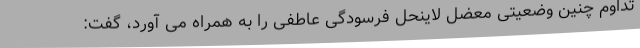
تداوم چنین وضعیتی معضل لاینحل فرسودگی عاطفی را به همراه می آورد، گفت: